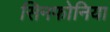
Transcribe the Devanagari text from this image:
सिनफोनिया